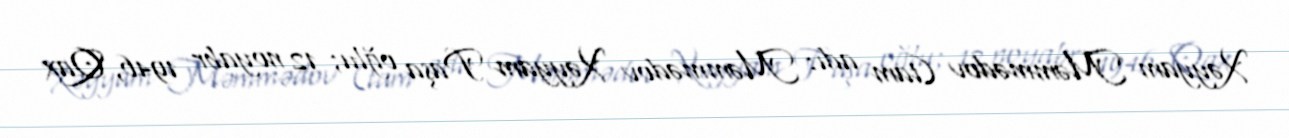
Xəyyam Məmmədov (tam adı: Məmmədov Xəyyam Paşa oğlu; 12 noyabr 1946, Qax